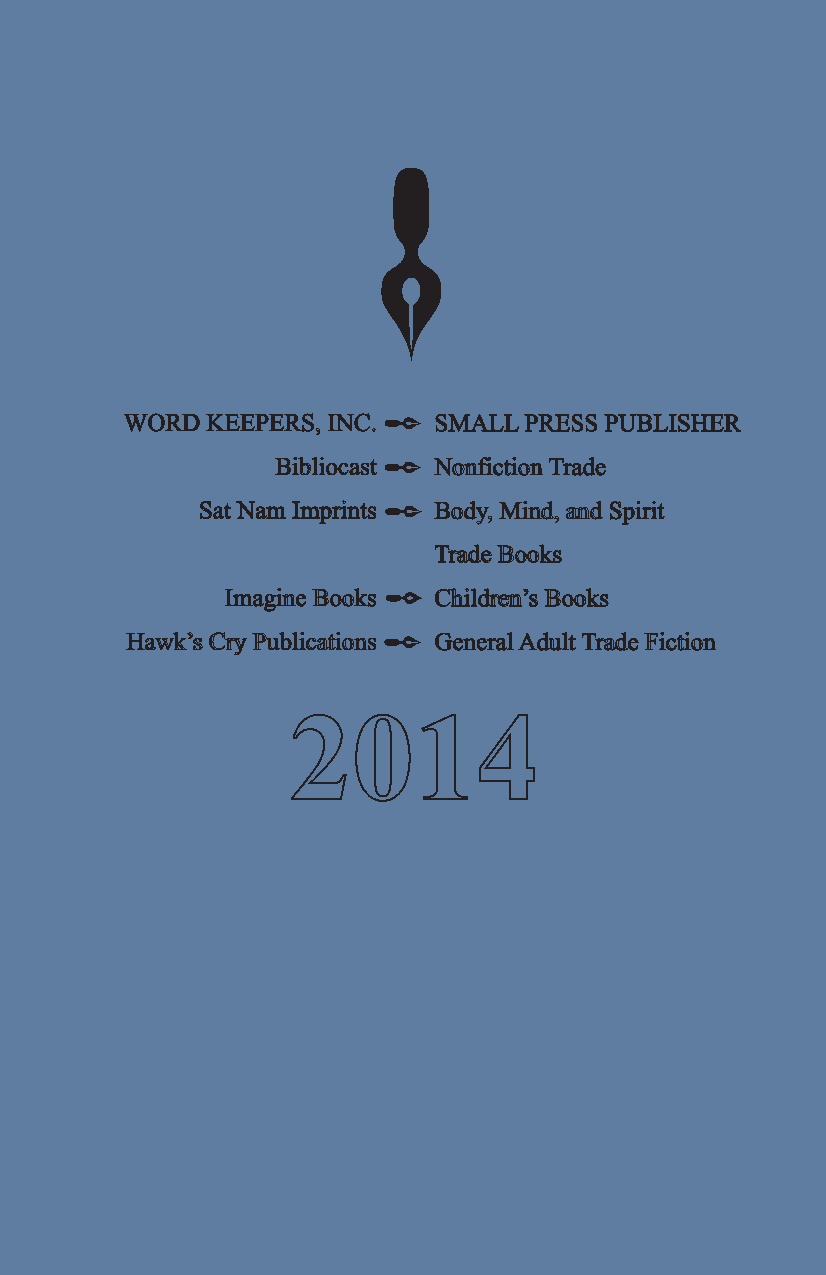
WORD  KEEPERS, INC.  SMALL PRESS PUBLISHER
 Bibliocast Nonfiction Trade
 Sat Nam Imprints Body, Mind, and Spirit
 Trade Books
 Imagine Books Children’s Books
 Hawk’s Cry Publications General Adult Trade Fiction